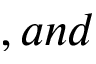
, a n d